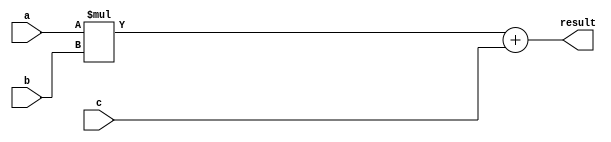
module fused_multiply_add(
  input wire [31:0] a,
  input wire [31:0] b,
  input wire [31:0] c,
  output reg [31:0] result
);

reg [31:0] mult_result;

always @(*) begin
  mult_result = a * b;
  result = mult_result + c;
end

endmodule